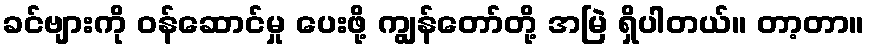
ခင်ဗျားကို ဝန်ဆောင်မှု ပေးဖို့ ကျွန်တော်တို့ အမြဲ ရှိပါတယ်။ တာ့တာ။